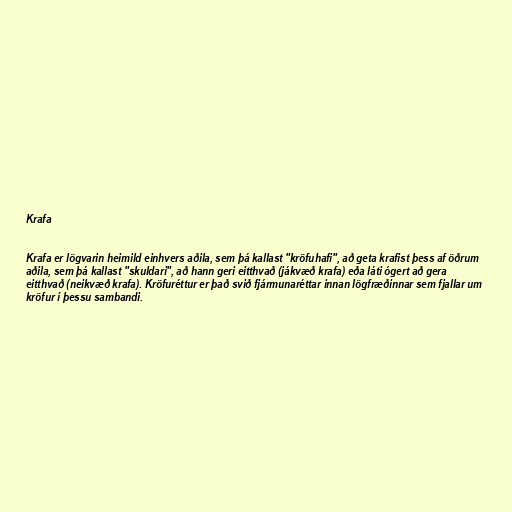
Krafa

Krafa er lögvarin heimild einhvers aðila, sem þá kallast "kröfuhafi", að geta krafist þess af öðrum
aðila, sem þá kallast "skuldari", að hann geri eitthvað (jákvæð krafa) eða láti ógert að gera
eitthvað (neikvæð krafa). Kröfuréttur er það svið fjármunaréttar innan lögfræðinnar sem fjallar um
kröfur í þessu sambandi.